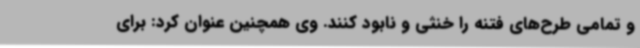
و تمامی طرح‌های فتنه را خنثی و نابود کنند. وی همچنین عنوان کرد: برای